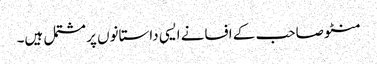
منٹو صاحب کے افسانے ایسی داستانوں پر مشتمل ہیں۔